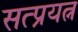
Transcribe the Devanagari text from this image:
सत्प्रयत्न